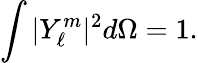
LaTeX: \int{|Y_{\ell}^{m}|^{2}d\Omega}=1.